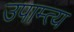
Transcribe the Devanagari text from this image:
उपाम्त्य